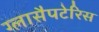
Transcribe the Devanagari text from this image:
ग्लासैपटेरिस